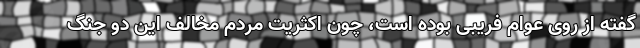
گفته از روی عوام فریبی بوده است، چون اکثریت مردم مخالف این دو جنگ